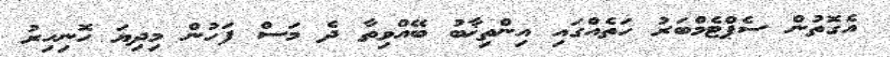
އެގޮތުން ސެޕްޓެމްބަރު ހަތެއްގައި އިންތިޚާބު ބޭއްވިތާ ދެ މަސް ފަހުން މިދިޔަ ހޮނިހިރު